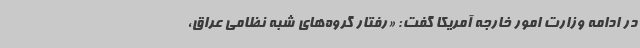
در ادامه وزارت امور خارجه آمریکا گفت: «رفتار گروه‌های شبه نظامی عراق،